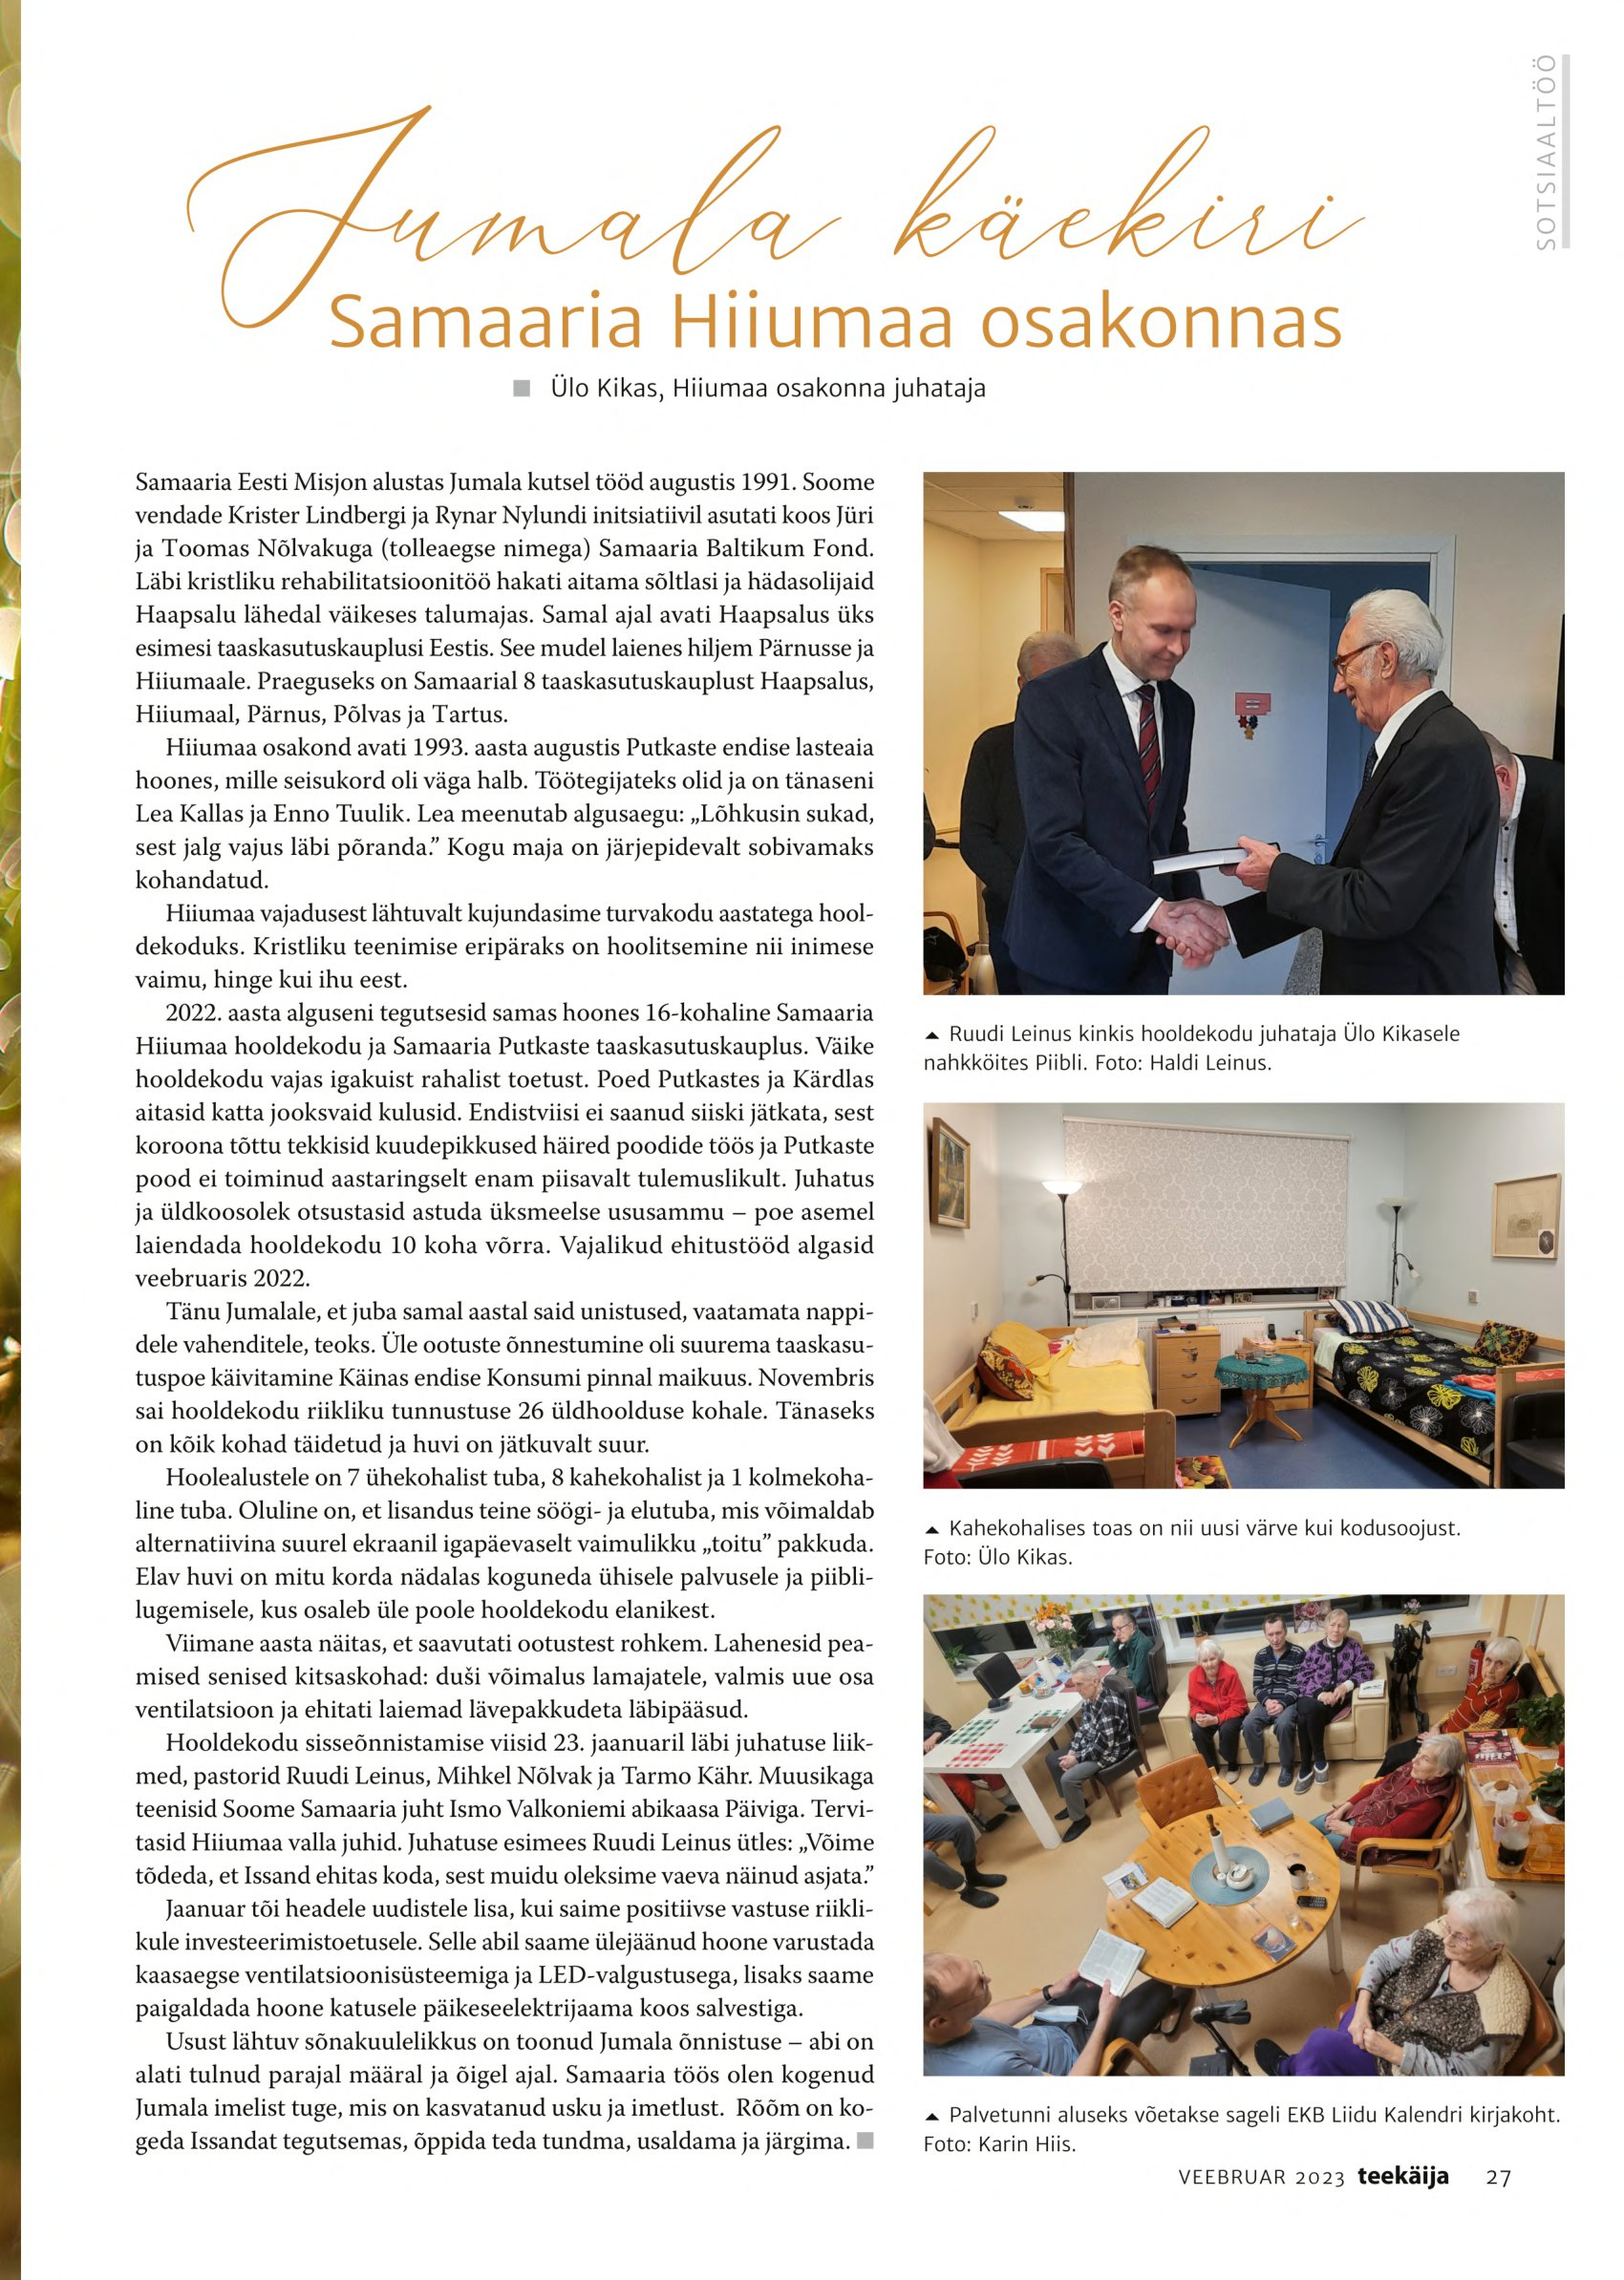
Language: et